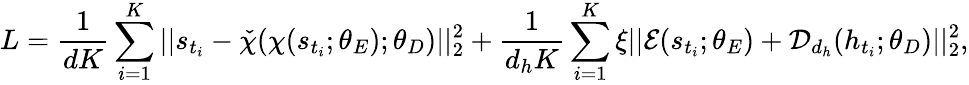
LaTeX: L=\frac{1}{dK}\sum_{i=1}^{K}||s_{t_{i}}-\check{\chi}(\chi(s_{t_{i}};\theta_{E});\theta_{D})||_{2}^{2}+\frac{1}{d_{h}K}\sum_{i=1}^{K}\xi||\mathcal{E}(s_{t_{i}};\theta_{E})+\mathcal{D}_{d_{h}}(h_{t_{i}};\theta_{D})||_{2}^{2},